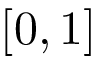
[ 0 , 1 ]